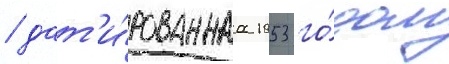
/ дат'и́рованнаа 1953 го́дом